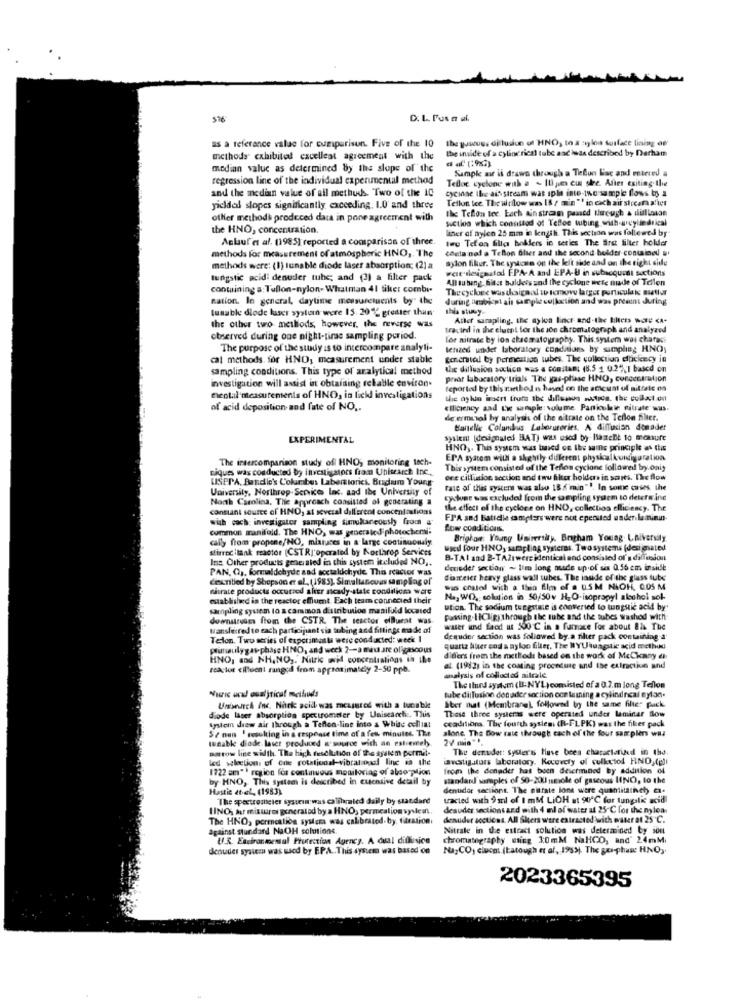
516
D. L. Pusa al.
the pyanos, diffusion of HNO, to & soloa surface lining of
as a reference value for cumparisun. Five of the 10
the inside of a cylindrical tube aac iwas described by Derham
methods" exhibited excellent agreement with the
median value as determined by the slope of the
Sample air is draws through a Tefun Lac and entered a
regression line of the individual experimental method
Tefloc cyclone with a - 1lipin cus sle. After exiting the
and the median value of all methuds. Two of the 10
cyclone the ad- stream was spla inte-the-sample flows b
Teflon Ice The ultilow was IS / min "" in cxchair sticafaut
yicldal slopes significantly exceeding. 1.0 and three
the Teflon tee. Lach ain stran passed uweush & dillosae
other methods produced data in pone agreement with
suction which connttod of Teflon tubing with-wcylindrical
the HNO, concentration.
liner of nylen 25 mm in length. This section was followed by
Anlauf es al. (1985) reported a comparison of three.
two Tefon filla bollers in series The first filter holder
methods for measurement of atmospheric HNO, The
conta nød a Teflon Glier and the second holder contained w
sylon filiur. The systcan on the left side and on the right side
methods were: (1) tunable diode laser absorption; (2) a
Far designated FPA-A and EPA-U in subsequent sections
tungstic acidi denuder tube; and (3) a filter pack
All tu bang, Sitzt balders and the cyclone were made of Teilen
containing a: Tullon-nylon- Whatman 41 tiker combi-
Thecyclone was thaigadd w remove larger particulate saatler
Ration. In general, daytime measurements by" the
during ambispt als sample colletion and was present during
tunable diode laser system wore 15. 20℃ greater than
this stuy-
Atter sampling, the ayloa Eincr- and-the Bilters wore <A.
the other two meillods, however, the reverse was
trasind in the cluent for the son chromatograph and analyzed
observed during one night-tiras sampling period.
for nitrate by ion chromatography. This.system woi charge
The purpose of the study is to intercompare analyti-
tenzed under laboratory conditions by sampling HNO;
cal methods. for HNO, measurement under stable
gonenital by permestson tubes. The collection efficiency in
sampling conditions. This type of analytical method
the diffusion aoclica mas a constant (8.5 1 0.27%1 based on
investigation will assist int obtaining rebatlle environ.
prear lubacatory trials The gas-phase HNO, concentration
reported by this teethed is based on the aticunt of nittale on
mental measurements of HNO, in lick investigations
the aylin inseri from the dillenon sitics. the collect on
of acid deposition and fate of NO ..
ciliciency and the sample volume. Paniculaw nitrate wus.
de erminal by analysis of the nitrate on the Teflon filter.
Banelle Columbus Laboratories, A diffusion donader
EXPERIMENTAL
syslem (designated BAT) was used by lastebe to measure
HNO ,. This system was based on the sains principle as the
The insercomparison study of HNO; monitoring tech-
EPA syatom with a shghtly different physkalkuniguration
niques was conducted by investigators fram Unisearch Inc .,
This system consisted of the Teflon cyclone followed by.onit
USPPA, Batidie's Columbus Laboratories. Budum Young
ore cillusion section and two filter holden in sants. The flow
University, Northrop-Services Inc. zad the University of
rate of this system was also 18 f min" !. In some cases, the
North Carolina, The approach consisted of generating a
cycluse sas excluded from the sampling system to determine
constant source of HNO, at scvcial different concentostions
the effect of the cyclone on HND, collettios efficiency. The
with coch investigator sampling simultaneously from
FPA and Batidie campisrs were not eperstod under.lamini-
common manifold. The HNO, was generatediphotochemi:
Low conditions.
cally from propone/NO, miatuces in a large continuously
Brigham Young University. Brigham Young University
stirrec ilank reactor (CSTRJ operated by Northrop Services
used four HNO, surpljag systeras. Twosystems (desi mated
Ins. Other products generated in this system included NO ,.
B-TAI and B-TAZi were identical and consisted of's diffusion
PAN, O ,, formaldehyde zad acctaluchyde. This reactor was
deneder section ~ I'm long made up of six 0.56 em inside
cioniblod by Shopson er al. (1985). Simullanovas sampling of
dianeiet heavy glass wall tubes. The inside of the glass tube
nitrate products occursod alter scady-state condilica were
was chalol with a thin film of a USM NiOH, COS M
established in the reactor efflumt. Each team connected their
Na, WO. solution in 50/50v H. O-isopropyl alcohol sok-
sampling system to s common distribution manifuld located
ution. The sodium tungstate is converted to tunguic acid by
downatruses from the CSTR. The teactor elBurat was
passing.IICHRythrough the tube and the tubes washed with
wansferred to each participant sia tubing and fillinge made of
water und food ut 500 ℃ in a furnace For about Bis The
Telon. Two series of expcrimasta were conducted: week 1
dequder section was followed by. a filter pack containing a
primaulygas phase HNO, and week: 2 -- a mix are oligascous
quartz buer end a nylon filter. The WYUtuagutic acid method
HNO, and NH.NO ,. Nitric wid concentrations in the
differs from the methods based on the work of MeCkany ch
reactor eilluent ranged from approximately 2-50 ppb.
al (1982) in the coating procedure and the extraction and
asalysis of collected ailrale
"uric ucul oualiticat methiuds
The third system (B-NY'1) comisted of a 0.7.m long Teflon
tube di Tusinn den ader section con tuming a cylindrical Bylan.
Ster mt (Membrane), followed by the same filter pack.
Unsearch /w. Nark acid was measured with a tucable
These three systeras were operated under laminar Sow
diode laser absorption spectrometer by Unisearche. Thuis
ccaditions. The fourth system. (R-FLPK) was the filer pack
System drew air through a Teflon-line into a Whuc celliat
5. nun ' resulting in a response time of a few minutes. The
alone. The Bow rate through cach of the four samplers will
weable diode laser produced & source with an extremely
ostow line width. The high resolution of the system permil-
The denuder: syster's Have been characterized in the.
lcd selection of one rotational-vibrational line is the
awstigaturs laboratory. Recovery of culkytol HNO,(i)
1722 am ** region for continuous monitoring of also plion
from the dennder hat been deichmined by addition of
by HNO, This system is described in cuensive detail by
standard samples of 50-200 nmole of gascous INO, to the
Hastie et et, (1983)
denudor sections. The pitfate lons were quantitainch e-
The spectrometer syaurin:was calibrated daily by standard
tracted with 9 ml of I mM LiOH at 90℃ for tungslic acid
IINO, har misturo generated by a HNO, permeation syvlein.
desuder sections and with 4 ml of water af 25-C for the nyloa.
The HNO, permeation system was calibrated-by. titration
denuder sccticas. All Siters were extracted with ovater at 25 ℃.
against Stur dard NaOH solutions.
Nitrate in the extract solution was determined by som
U.R. Esciranmental Protection Agency. A dual diffusion
chromatography eting 3:0mM NaHCO, and' 24mMi
denuder system was used by EPA .. This system was based on
Na: CO, cincot (tatough et af, 1985). The gui-phase HNO,
2023365395